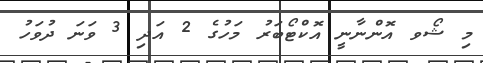
މި ޝޯވ އޮންނާނީ އޮކްޓޯބަރު މަހުގެ 2 އަދި 3 ވަނަ ދުވަހު